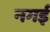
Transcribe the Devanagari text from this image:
नगई